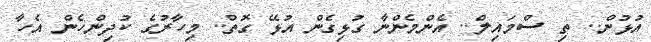
އުޅުން.. ތި ސްމައިލް.. އެންމެންނާ ގުޅިގެން އުޅޭ ގޮތް.. މިހާރުގެ ކުދިންހެން އެހާ